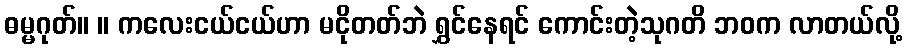
ဓမ္မဂုတ်။ ။ ကလေးငယ်ငယ်ဟာ မငိုတတ်ဘဲ ရွှင်နေရင် ကောင်းတဲ့သုဂတိ ဘဝက လာတယ်လို့